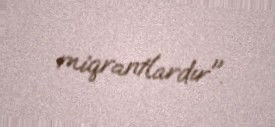
miqrantlardır".